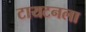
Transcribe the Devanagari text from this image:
टायटनला